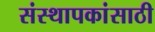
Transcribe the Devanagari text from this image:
संस्थापकांसाठी